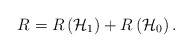
\begin{align*}R={ R\left({\mathcal{H}}_{1}\right)} + R\left({\mathcal{H}}_{0}\right). \end{align*}